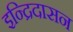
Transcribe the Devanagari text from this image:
इन्द्रिदासन